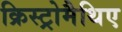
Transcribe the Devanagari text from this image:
क्रिस्ट्रोमैथिए